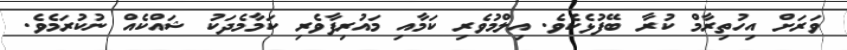
ވަރަށް އިހުތިރާމް ކުރާ ބޭފުޅެކެވެ. އިލްމުވެރި ކަމާއި މައުރިފާވެރި ކަމާމެދަކު ޝައްކެއް ނުކުރަމެވެ.